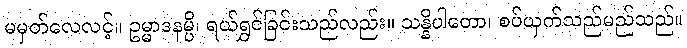
မမှတ်လေလင့်။ ဥမ္မာဒနမ္ပိ၊ ရယ်ရွှင်ခြင်းသည်လည်း။ သန္နိပါတော၊ စပ်ယှက်သည်မည်သည်။